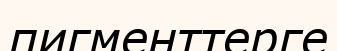
пигменттерге